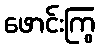
ဖောင်းကြွ